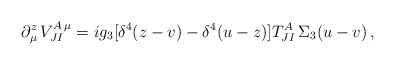
\begin{align*}\partial_\mu^z\,V_{JI}^{A\,\mu}=ig_3[\delta^4(z-v)-\delta^4(u-z)]T^A_{JI}\,\Sigma_3(u-v)\, ,\end{align*}